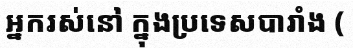
អ្នករស់នៅ ក្នុងប្រទេសបារាំង (